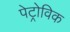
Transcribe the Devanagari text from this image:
पेट्रोविक